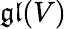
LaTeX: {\mathfrak{gl}}(V)